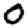
Digit: 0